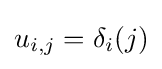
u_{i,j}=\delta _{i}(j)